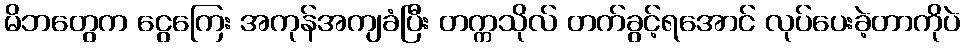
မိဘတွေက ငွေကြေး အကုန်အကျခံပြီး တက္ကသိုလ် တက်ခွင့်ရအောင် လုပ်ပေးခဲ့တာကိုပဲ